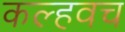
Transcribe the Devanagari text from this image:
कल्हवच